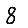
Digit: 8